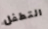
التطفل